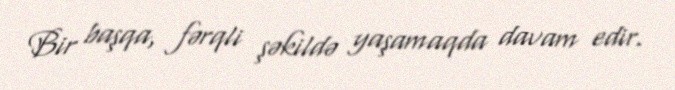
Bir başqa, fərqli şəkildə yaşamaqda davam edir.